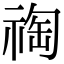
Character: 祹